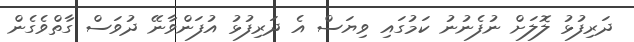
ދަރިފުޅު ލޮލަށް ނުފެނުނު ކަމުގައި ވިޔަސް އެ ދަރިފުޅު އުފަންވާނޭ ދުވަސް ގާތްވެގެން